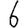
Digit: 6